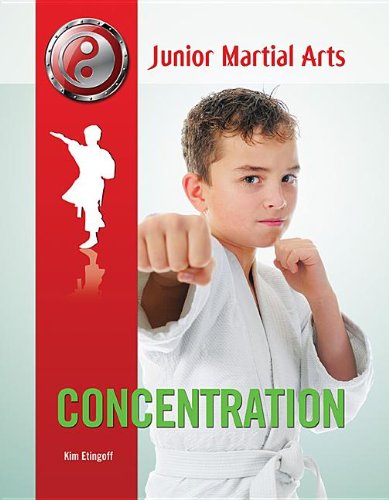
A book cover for Concentration (Junior Martial Arts); Kim Etingoff; Teen & Young Adult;